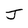
Character: J